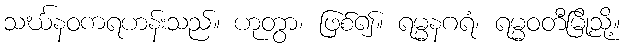
သင်္ဃနဝကရဟန်းသည်။ ဟုတွာ၊ ဖြစ်၍။ ရမ္မနဂရံ၊ ရမ္မဝတီမြို့သို့။